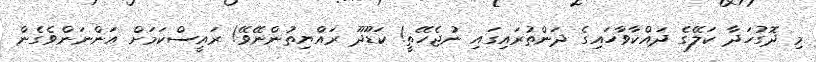
މި ދޮގުހަދާ ކަލޭގެ ދައްކާވާހައިގެ ދަންތުރައިގައި ނުޖެހޭތީ! ކަޑޫދޫ ރައްޔިތުންނޭވޭ! ރައީސްކަމަށް އަންނަންވެގެން